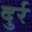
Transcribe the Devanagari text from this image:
दुर्र